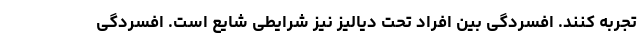
تجربه کنند. افسردگی بین افراد تحت دیالیز نیز شرایطی شایع است. افسردگی